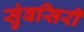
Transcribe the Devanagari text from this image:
सुंवसिरी